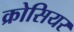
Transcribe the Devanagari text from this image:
क्रोसियर